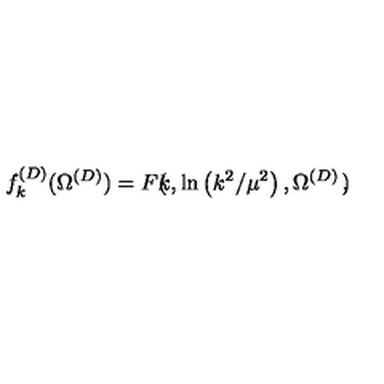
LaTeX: f _ { k } ^ { ( D ) } ( \Omega ^ { ( { D } ) } ) = F \mathrm { \boldmath \large \left( \right. } \! \! \! k , \ln \left( k ^ { 2 } / \mu ^ { 2 } \right) , \Omega ^ { ( { D } ) } \mathrm { \boldmath \large \left. \right) } \! \! ,